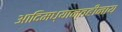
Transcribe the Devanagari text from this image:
आदिमध्यान्तहीनाय